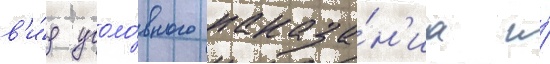
в'и́д уголо́вного наказа́н'иа и́